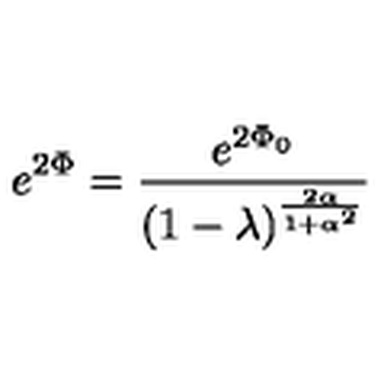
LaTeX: e ^ { 2 \Phi } = { \frac { e ^ { 2 \Phi _ { 0 } } } { ( 1 - \lambda ) ^ { \frac { 2 \alpha } { 1 + \alpha ^ { 2 } } } } }